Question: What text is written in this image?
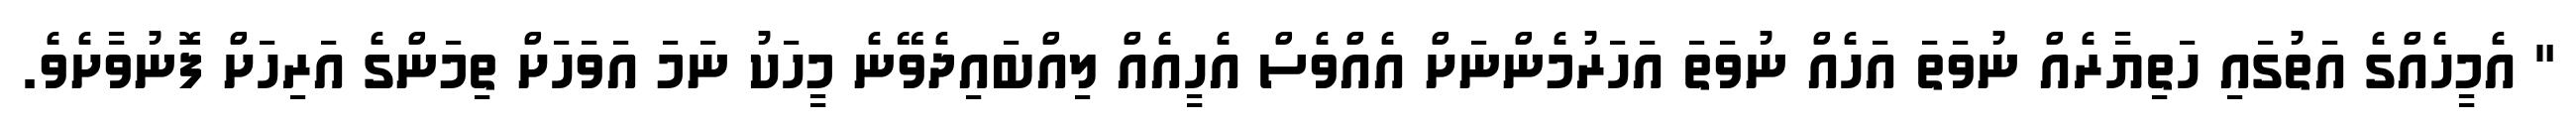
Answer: " އެމީހެއްގެ އަތުގައި ހަތިޔާރެއް ނުވަތަ އަހެއް ނުވަތަ އަހަރުމެންނަށް އެއްވެސް އެހީއެއް ލިއްބައިދެވޭނެ މީހަކު ނަމަ އަވަހަށް ތިމަންގެ އަރިހަށް ފޮނުވާށެވެ.